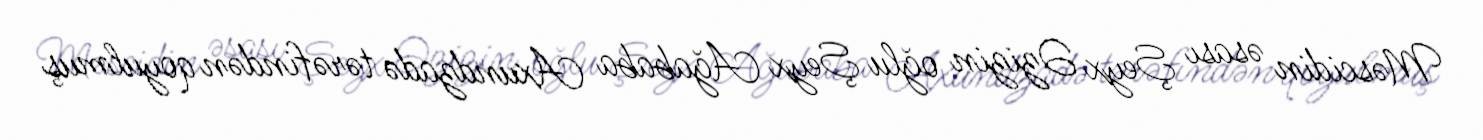
Məscidin əsası Şeyx Əzizin oğlu Şeyx Ağababa Axundzadə tərəfindən qoyulmuş